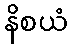
နိစယံ